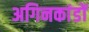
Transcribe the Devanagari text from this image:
अगिनकांडों